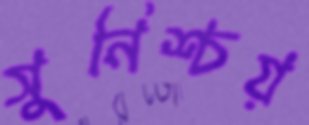
সুনিশ্চয়